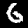
Label: 6